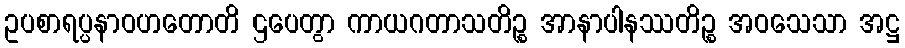
ဥပစာရပ္ပနာဝဟတောတိ ဌပေတွာ ကာယဂတာသတိဉ္စ အာနာပါနဿတိဉ္စ အဝသေသာ အဋ္ဌ